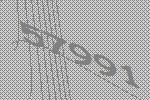
57991